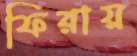
ফিরায়